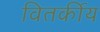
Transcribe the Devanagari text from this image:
वितर्कीय